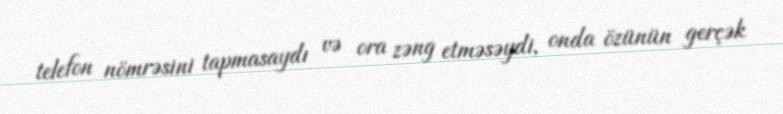
telefon nömrəsini tapmasaydı və ora zəng etməsəydi, onda özünün gerçək